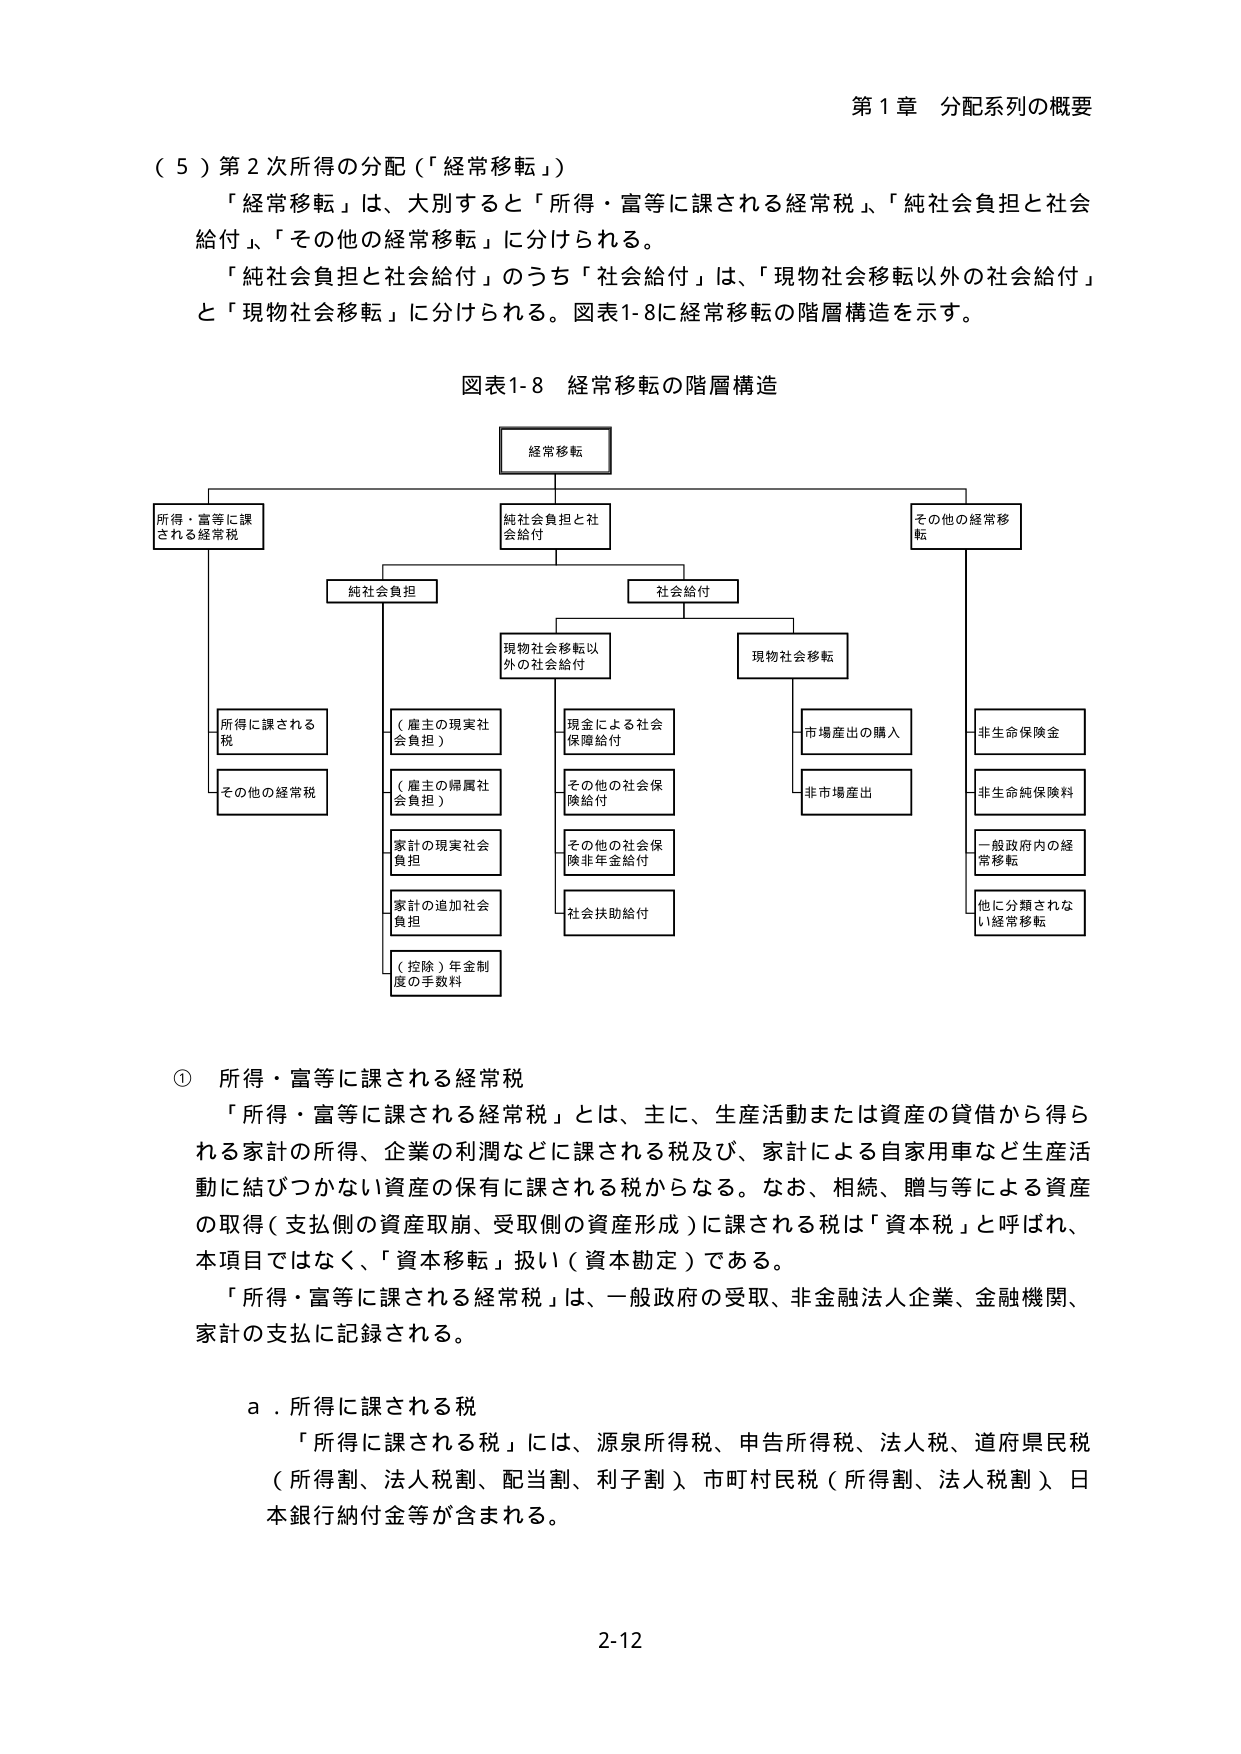
第１章 分配系列の概要

（５）第２次所得の分配（「経常移転」）
「経常移転」は、大別すると「所得・富等に課される経常税」、「純社会負担と社会給付」、「その他の経常移転」に分けられる。
「純社会負担と社会給付」のうち「社会給付」は、「現物社会移転以外の社会給付」と「現物社会移転」に分けられる。図表1-8に経常移転の階層構造を示す。

図表1-8 経常移転の階層構造

経常移転
├─ 所得・富等に課される経常税
│  ├─ 所得に課される税
│  └─ その他の経常税
├─ 純社会負担と社会給付
│  ├─ 純社会負担
│  │  ├─ （雇主の現実社会負担）
│  │  ├─ （雇主の帰属社会負担）
│  │  ├─ 家計の現実社会負担
│  │  ├─ 家計の追加社会負担
│  │  └─ （控除）年金制度の手数料
│  └─ 社会給付
│     ├─ 現物社会移転以外の社会給付
│     │  ├─ 現金による社会保障給付
│     │  ├─ その他の社会保障給付
│     │  ├─ その他の社会保険非年金給付
│     │  └─ 社会扶助給付
│     └─ 現物社会移転
│        ├─ 市場産出の購入
│        └─ 非市場産出
└─ その他の経常移転
   ├─ 非生命保険金
   ├─ 非生命純保険料
   ├─ 一般政府内の経常移転
   └─ 他に分類されない経常移転

① 所得・富等に課される経常税
「所得・富等に課される経常税」とは、主に、生産活動または資産の貸借から得られる家計の所得、企業の利潤などに課される税及び、家計による自家用車など生産活動に結びつかない資産の保有に課される税からなる。なお、相続、贈与等による資産の取得（支払側の資産取崩、受取側の資産形成）に課される税は「資本税」と呼ばれ、本項目ではなく、「資本移転」扱い（資本勘定）である。
「所得・富等に課される経常税」は、一般政府の受取、非金融法人企業、金融機関、家計の支払に記録される。

ａ．所得に課される税
「所得に課される税」には、源泉所得税、申告所得税、法人税、道府県民税（所得割、法人税割、配当割、利子割）、市町村民税（所得割、法人税割）、日本銀行納付金等が含まれる。

2-12